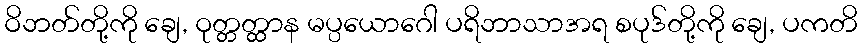
ဝိဘတ်တို့ကို ချေ, ဝုတ္တတ္ထာန မပ္ပယောဂေါ ပရိဘာသာအရ စပုဒ်တို့ကို ချေ, ပကတိ